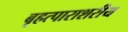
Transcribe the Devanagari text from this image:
बृहत्पाराशरीय